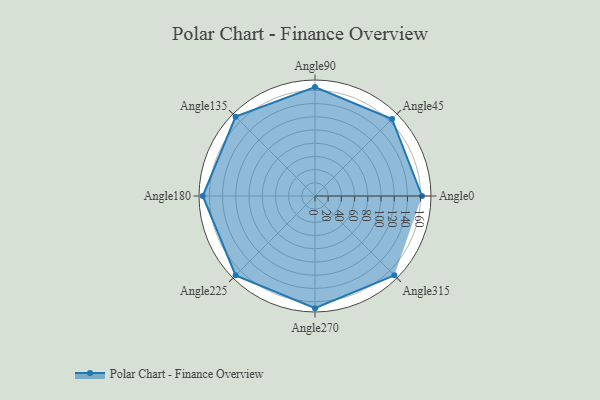
{"axis": {"x": "Angle", "y": "Radius"}, "legend": [""], "data": [{"x": "Angle0", "y": 162.0, "type": ""}, {"x": "Angle45", "y": 165.0, "type": ""}, {"x": "Angle90", "y": 165.0, "type": ""}, {"x": "Angle135", "y": 170, "type": ""}, {"x": "Angle180", "y": 170, "type": ""}, {"x": "Angle225", "y": 170, "type": ""}, {"x": "Angle270", "y": 170, "type": ""}, {"x": "Angle315", "y": 170.0, "type": ""}]}